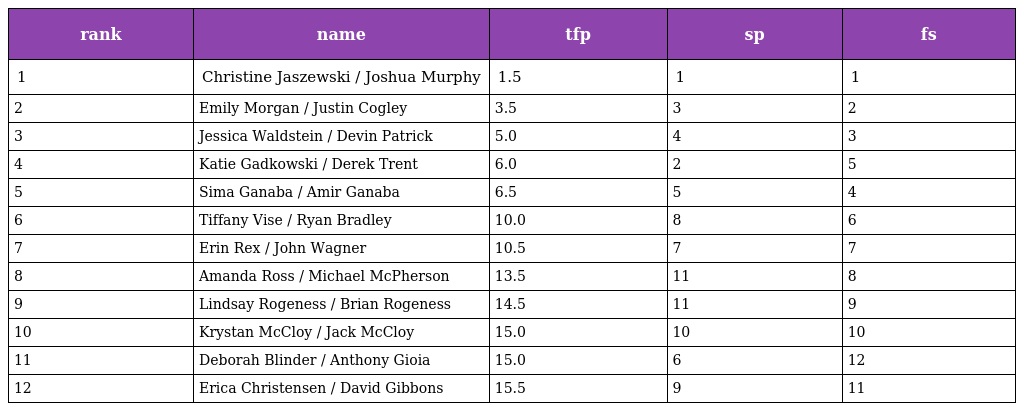
| rank | name | tfp | sp | fs |
 | --- | --- | --- | --- | --- |
 | 1 | Christine Jaszewski / Joshua Murphy | 1.5 | 1 | 1 |
 | 2 | Emily Morgan / Justin Cogley | 3.5 | 3 | 2 |
 | 3 | Jessica Waldstein / Devin Patrick | 5.0 | 4 | 3 |
 | 4 | Katie Gadkowski / Derek Trent | 6.0 | 2 | 5 |
 | 5 | Sima Ganaba / Amir Ganaba | 6.5 | 5 | 4 |
 | 6 | Tiffany Vise / Ryan Bradley | 10.0 | 8 | 6 |
 | 7 | Erin Rex / John Wagner | 10.5 | 7 | 7 |
 | 8 | Amanda Ross / Michael McPherson | 13.5 | 11 | 8 |
 | 9 | Lindsay Rogeness / Brian Rogeness | 14.5 | 11 | 9 |
 | 10 | Krystan McCloy / Jack McCloy | 15.0 | 10 | 10 |
 | 11 | Deborah Blinder / Anthony Gioia | 15.0 | 6 | 12 |
 | 12 | Erica Christensen / David Gibbons | 15.5 | 9 | 11 |